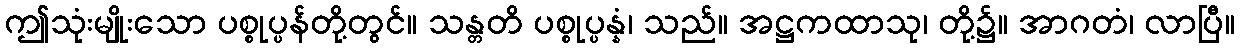
ဤသုံးမျိုးသော ပစ္စုပ္ပန်တို့တွင်။ သန္တတိ ပစ္စုပ္ပန္နံ၊ သည်။ အဋ္ဌကထာသု၊ တို့၌။ အာဂတံ၊ လာပြီ။